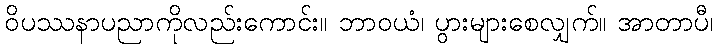
ဝိပဿနာပညာကိုလည်းကောင်း။ ဘာဝယံ၊ ပွားများစေလျှက်။ အာတာပီ၊